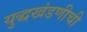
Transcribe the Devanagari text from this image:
युद्धखंडणीची